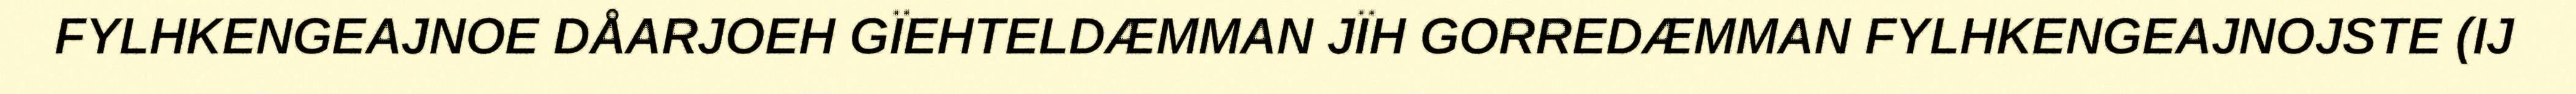
FYLHKENGEAJNOE DÅARJOEH GÏEHTELDÆMMAN JÏH GORREDÆMMAN FYLHKENGEAJNOJSTE (IJ